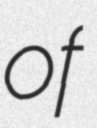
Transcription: of